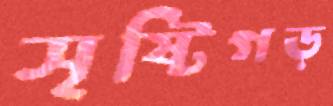
সৃষ্টিগড়